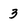
Character: 3